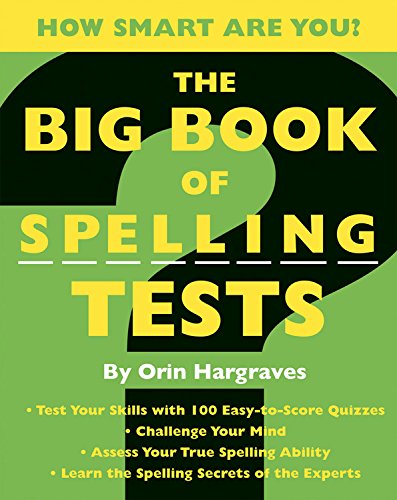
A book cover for Big Book of Spelling Tests; Orin Hargraves; Reference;